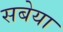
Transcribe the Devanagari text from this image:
सबेया